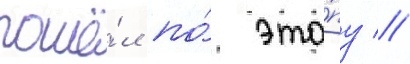
пошё́л по́ эта́пу //